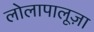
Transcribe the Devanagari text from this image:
लोलापालूज़ा